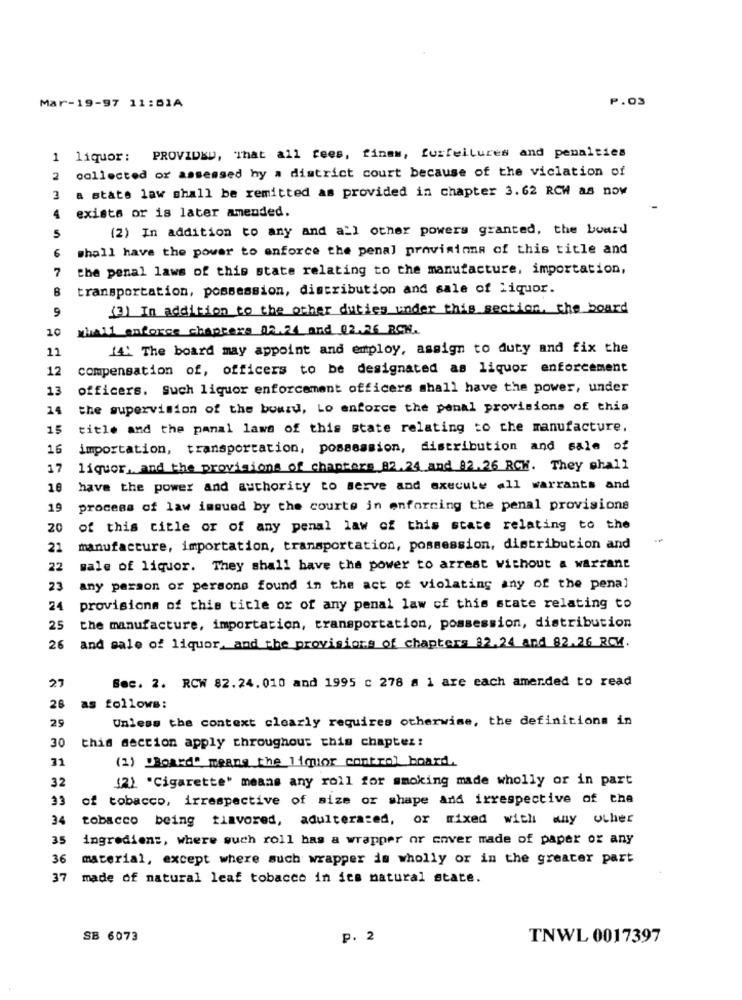
Mar-19-97 11:51A
P.03
1 liquor: PROVIDED, That all fees, finem, furfeilures and penalties
collected or assessed hy a district court because of the viclation of
2
a state law shall be remitted as provided in chapter 3.62 RCW as now
3
exists or is later amended.
4
(2) In addition to any and all other powers granted, the board
5
6
shall have the power to enforce the penal provisions of this title and
the penal laws of this state relating to the manufacture, importation,
7
B
transportation, possession, distribution and sale of liquor.
9
(3) In addition to the other duties under this section, the board
whall enforce chapters 12.21 and 02.26 RCH.
10
11
14: The board may appoint and employ, assign to duty and fix the
12
compensation of, officers to be designated as liquor enforcement
13
officers. Such liquor enforcement officers shall have the power, under
14
the supervision of the bowzu, Lo enforce the penal provisions of this
15
title and the panal laws of this state relating to the manufacture.
16
importation, transportation, possession, distribution and sale of
17
liquor, and the provisions of chapters 82.24 and 82.26 RCW. They shall
16
have the power and authority to serve and execute all warrants and
19
process of law issued by the courts in enforcing the penal provisions
20
of this citle or of any penal law of this state relating to the
22
manufacture, importation, transportation, possession, distribution and
22
sale of liquor. They shall have the power to arrest without a warrant
23
any person or persons found in the act of violating any of the penal
24
provisions of this title or of any penal law of this state relating to
25
the manufacture, importation, transportation, possession, distribution
26
and sale of liquor, and the provisions of chapters 32.24 and 82.26 RCM.
27
Sec. 2. RCW 82.24.010 and 1995 c 278 a 1 are each amended to read
26
as follows:
Unless the context clearly requires otherwise, the definitions in
29
30
this section apply throughout this chapter:
71
(1) "Board" means the liquor control board.
32
(2) "Cigarette" means any roll for smoking made wholly or in part
33
of tobacco, irrespective of size or shape and irrespective of the
34
tobacco being tiavored, adulterated, or mixed with any other
35
ingrediens, where such roll has a wrapper or cover made of paper or any
36
material, except where such wrapper is wholly or in the greater part
37
made of natural leaf tobacco in its natural state.
SB 6073
p. 2
TNWL 0017397